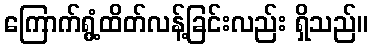
ကြောက်ရွံ့ထိတ်လန့်ခြင်းလည်း ရှိသည်။